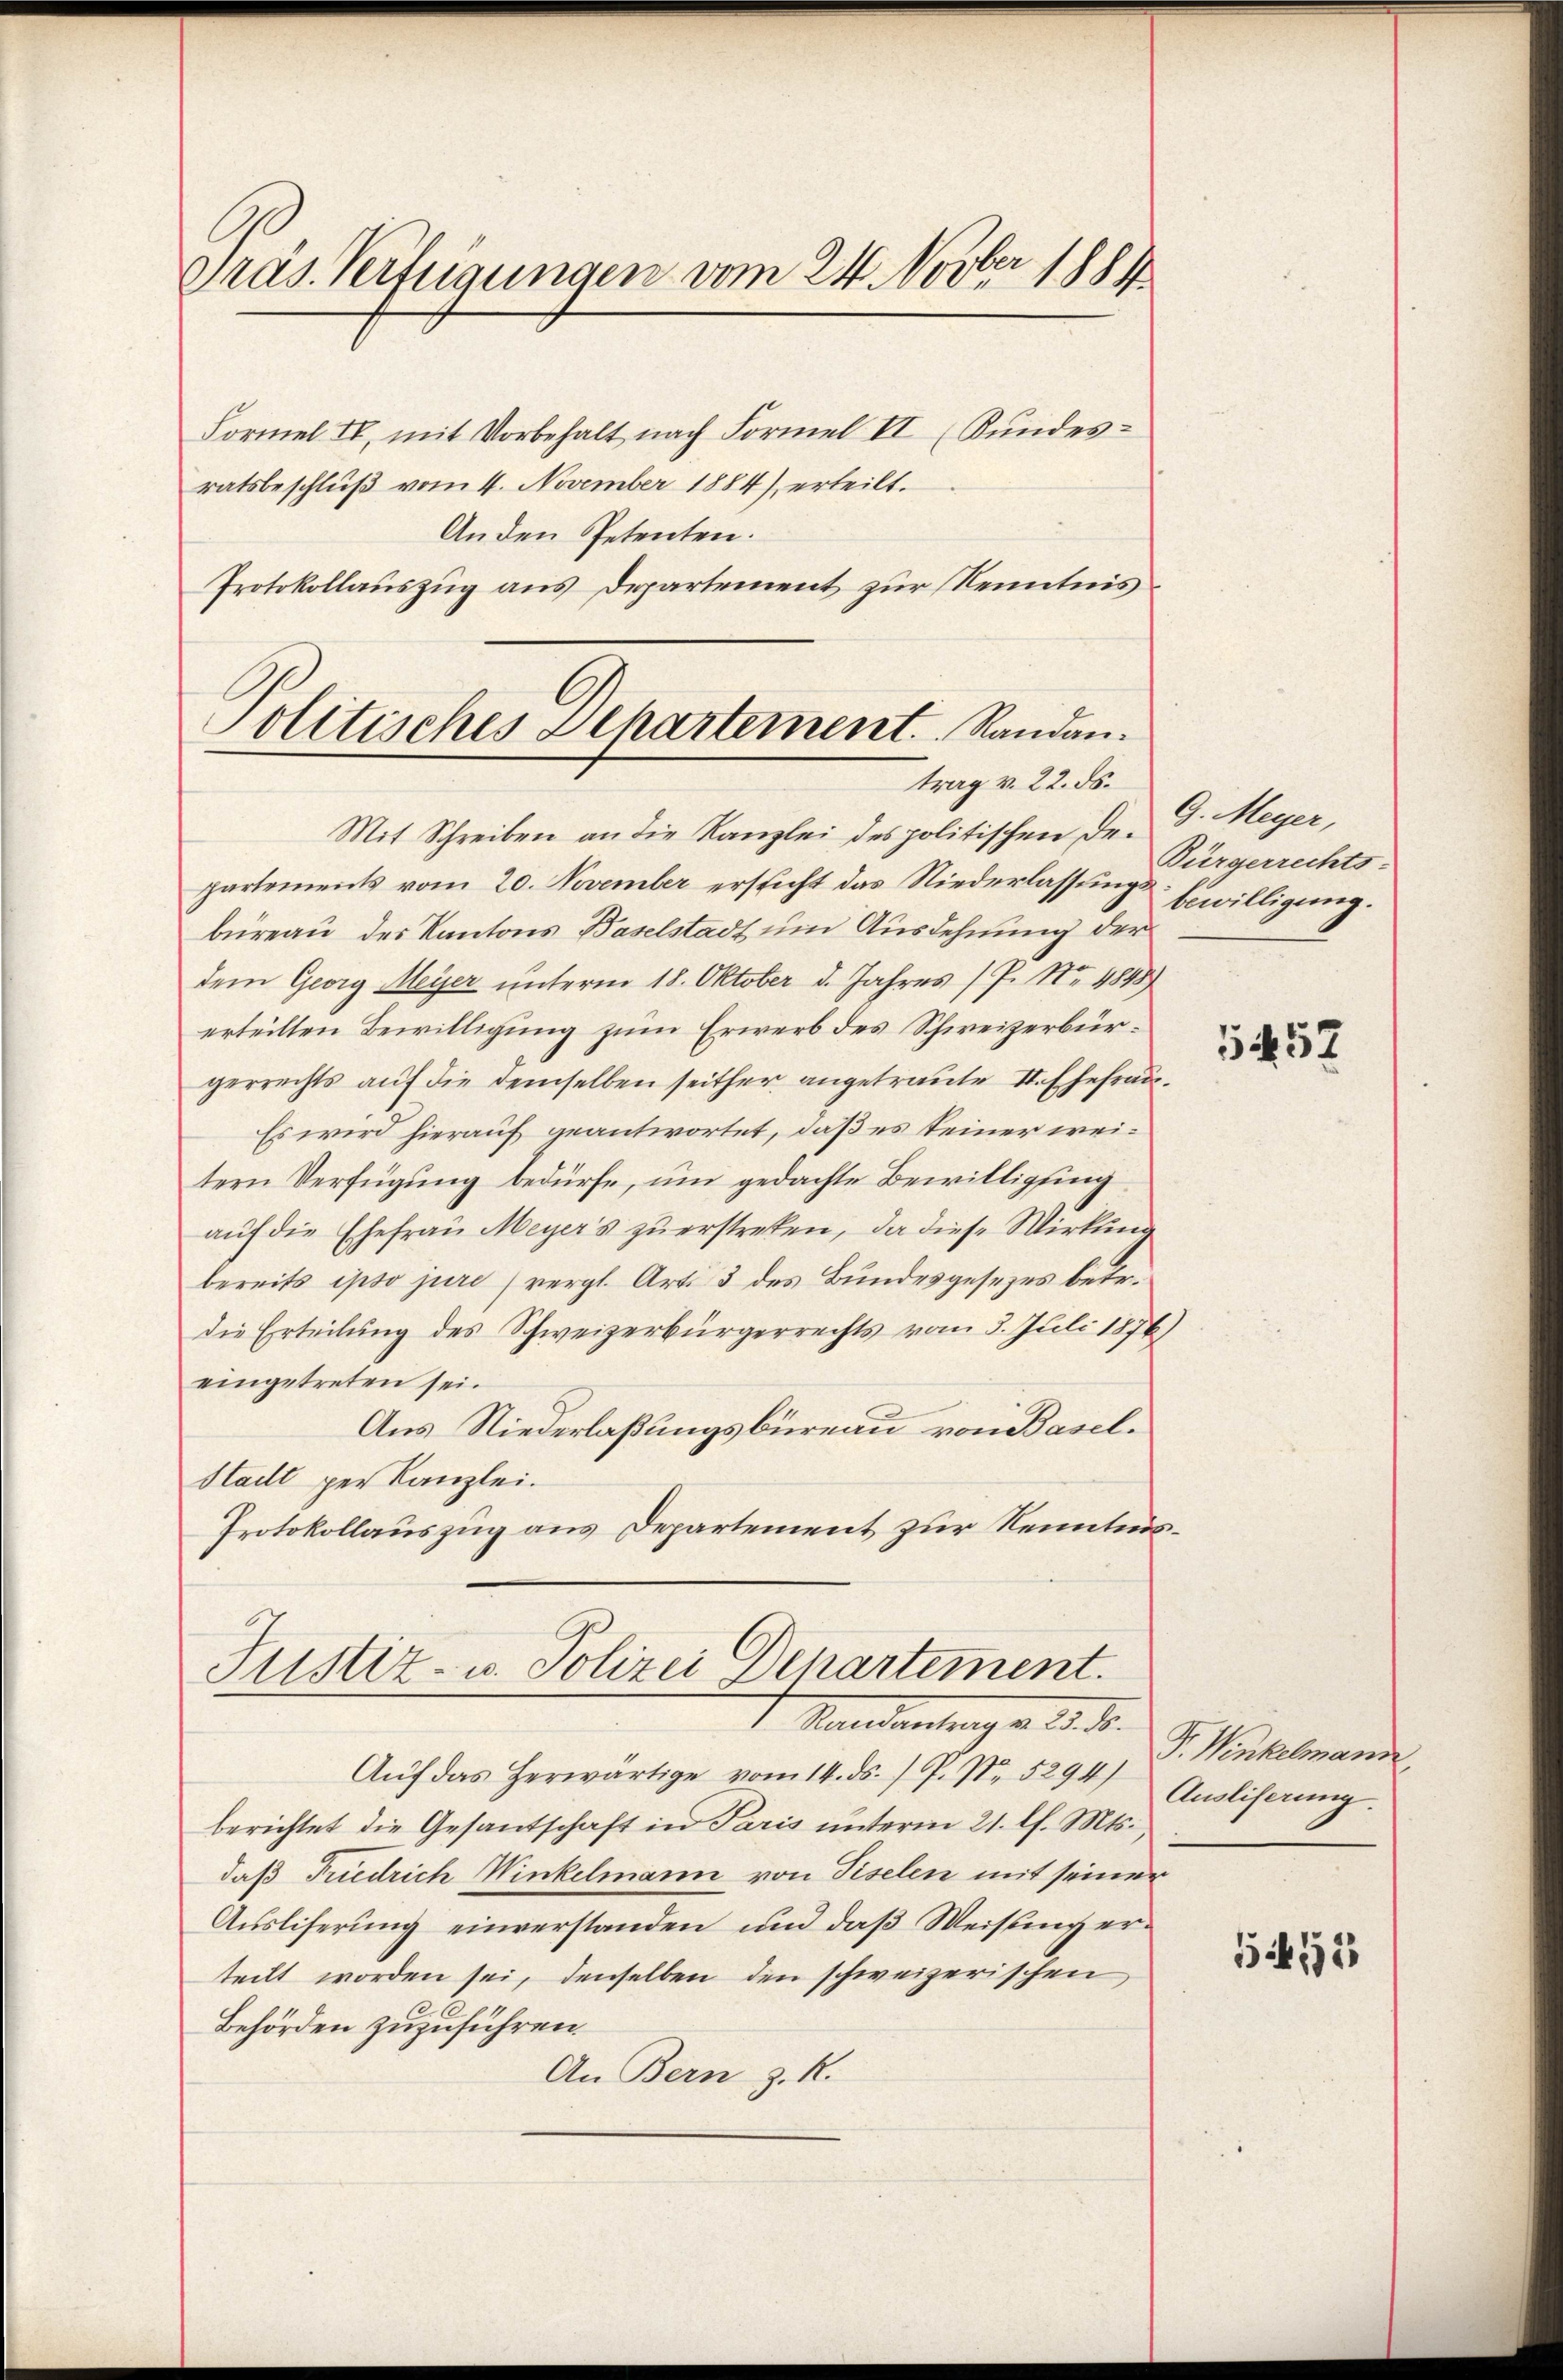
Gräs Verfügungen vom 24. Novber 1881

Formel II, mit Vorbehalt nach Formel II (Kundes-
ratsbeschluß vom 4. November 1884 erteilt.
Anden Petenten.
Protokollauszug aus Departement zur Kenntnis

Politisches Departement. Randan
trag v. 22. ds.

Mit Schreiben an die Kanzlei des politischen Departements vom 20. November ersticht das Niederlassung Erwilligung.
büreau des Kantons Baselstadt um Ausdehnung der
dem Georg Meier unterm 18. Oktober d. Jahres (P. Nr. 1848)
erteilten Bewilligung zum Erwerb des Schweizerbürgerrechts auf die demselben seither angetraute II. Ehefrau¬
Es wird hierauf geantwortet, daß es keiner weitern Verfügung bedürfe, um gedachte Bewilligung
auf die Ehefrau Meyer’s zu erstreken, da diese Wirkung
bereits ipso jure (vergl. Art. 3 des Bundesgesezes betr.
die Erteilung des Schweizerbürgerrechts vom 3. Juli 1876)
eingetreten sei.
Aus Niederlaßungsbureau von Basel¬
Stadt per Kanzlei.
Protokollauszug aus Departement zur Kenntnis¬

Justiz- u. Polizei Departement.
Mandantenge 2. d.

Aŭf das herwärtige vom 14. ds. / P. Nr. 5294) Auslieferung.
berichtet die Gesantschaft in Paris ŭnterm 21. l. Mts.,
daß Friedrich Winkelmann von Piselen mit seiner
Ausliserung einverstanden und daß Weisung erteilt worden sei, denselben den schweizerischen
Behörden zuzuführen.
An Bern z. R.

G. Meyer,
Bürgerrechts-

1457

Fr. Winkelmann,

5192